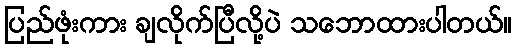
ပြည်ဖုံးကား ချလိုက်ပြီလို့ပဲ သဘောထားပါတယ်။